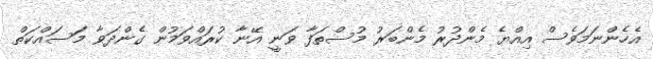
އެހެންނަމަވެސް އިއްޔެ މެންދުރު މެންބަރު މުސްތަފާ ވަނީ އޭނާ ކުރައްވަމުން ގެންދަވާ މަސައްކަތް